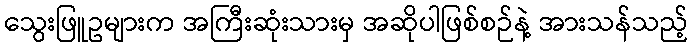
သွေးဖြူဥများက အကြီးဆုံးသားမှ အဆိုပါဖြစ်စဉ်နဲ့ အားသန်သည့်